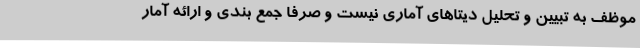
موظف به تبیین و تحلیل دیتاهای آماری نیست و صرفا جمع بندی و ارائه آمار